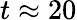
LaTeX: t\approx 20